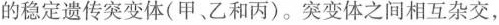
的稳定遗传突变体(甲、乙和丙)。突变体之间相互杂交，